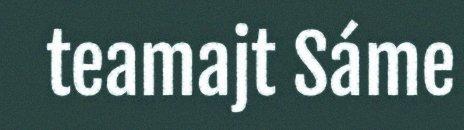
teamajt Sáme